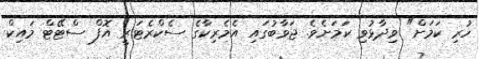
ހުރި ކަމަށް" ވިދާޅުވި ކަަމަށެވެ. ޖަވާބުގައި އެމެރިކާގެ ސެކްރެޓަރީ އޮފް ސްޓޭޓް މައިކް